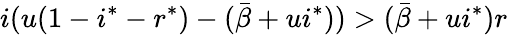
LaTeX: i(u(1-i^{*}-r^{*})-(\bar{\beta}+ui^{*}))>(\bar{\beta}+ui^{*})r